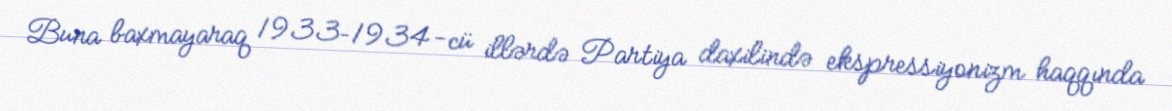
Buna baxmayaraq 1933–1934-cü illərdə Partiya daxilində ekspressiyonizm haqqında